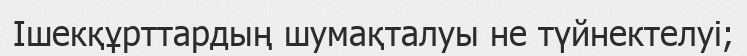
Ішекқұрттардың шумақталуы не түйнектелуі;